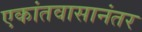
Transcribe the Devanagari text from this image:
एकांतवासानंतर